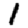
Digit: 1